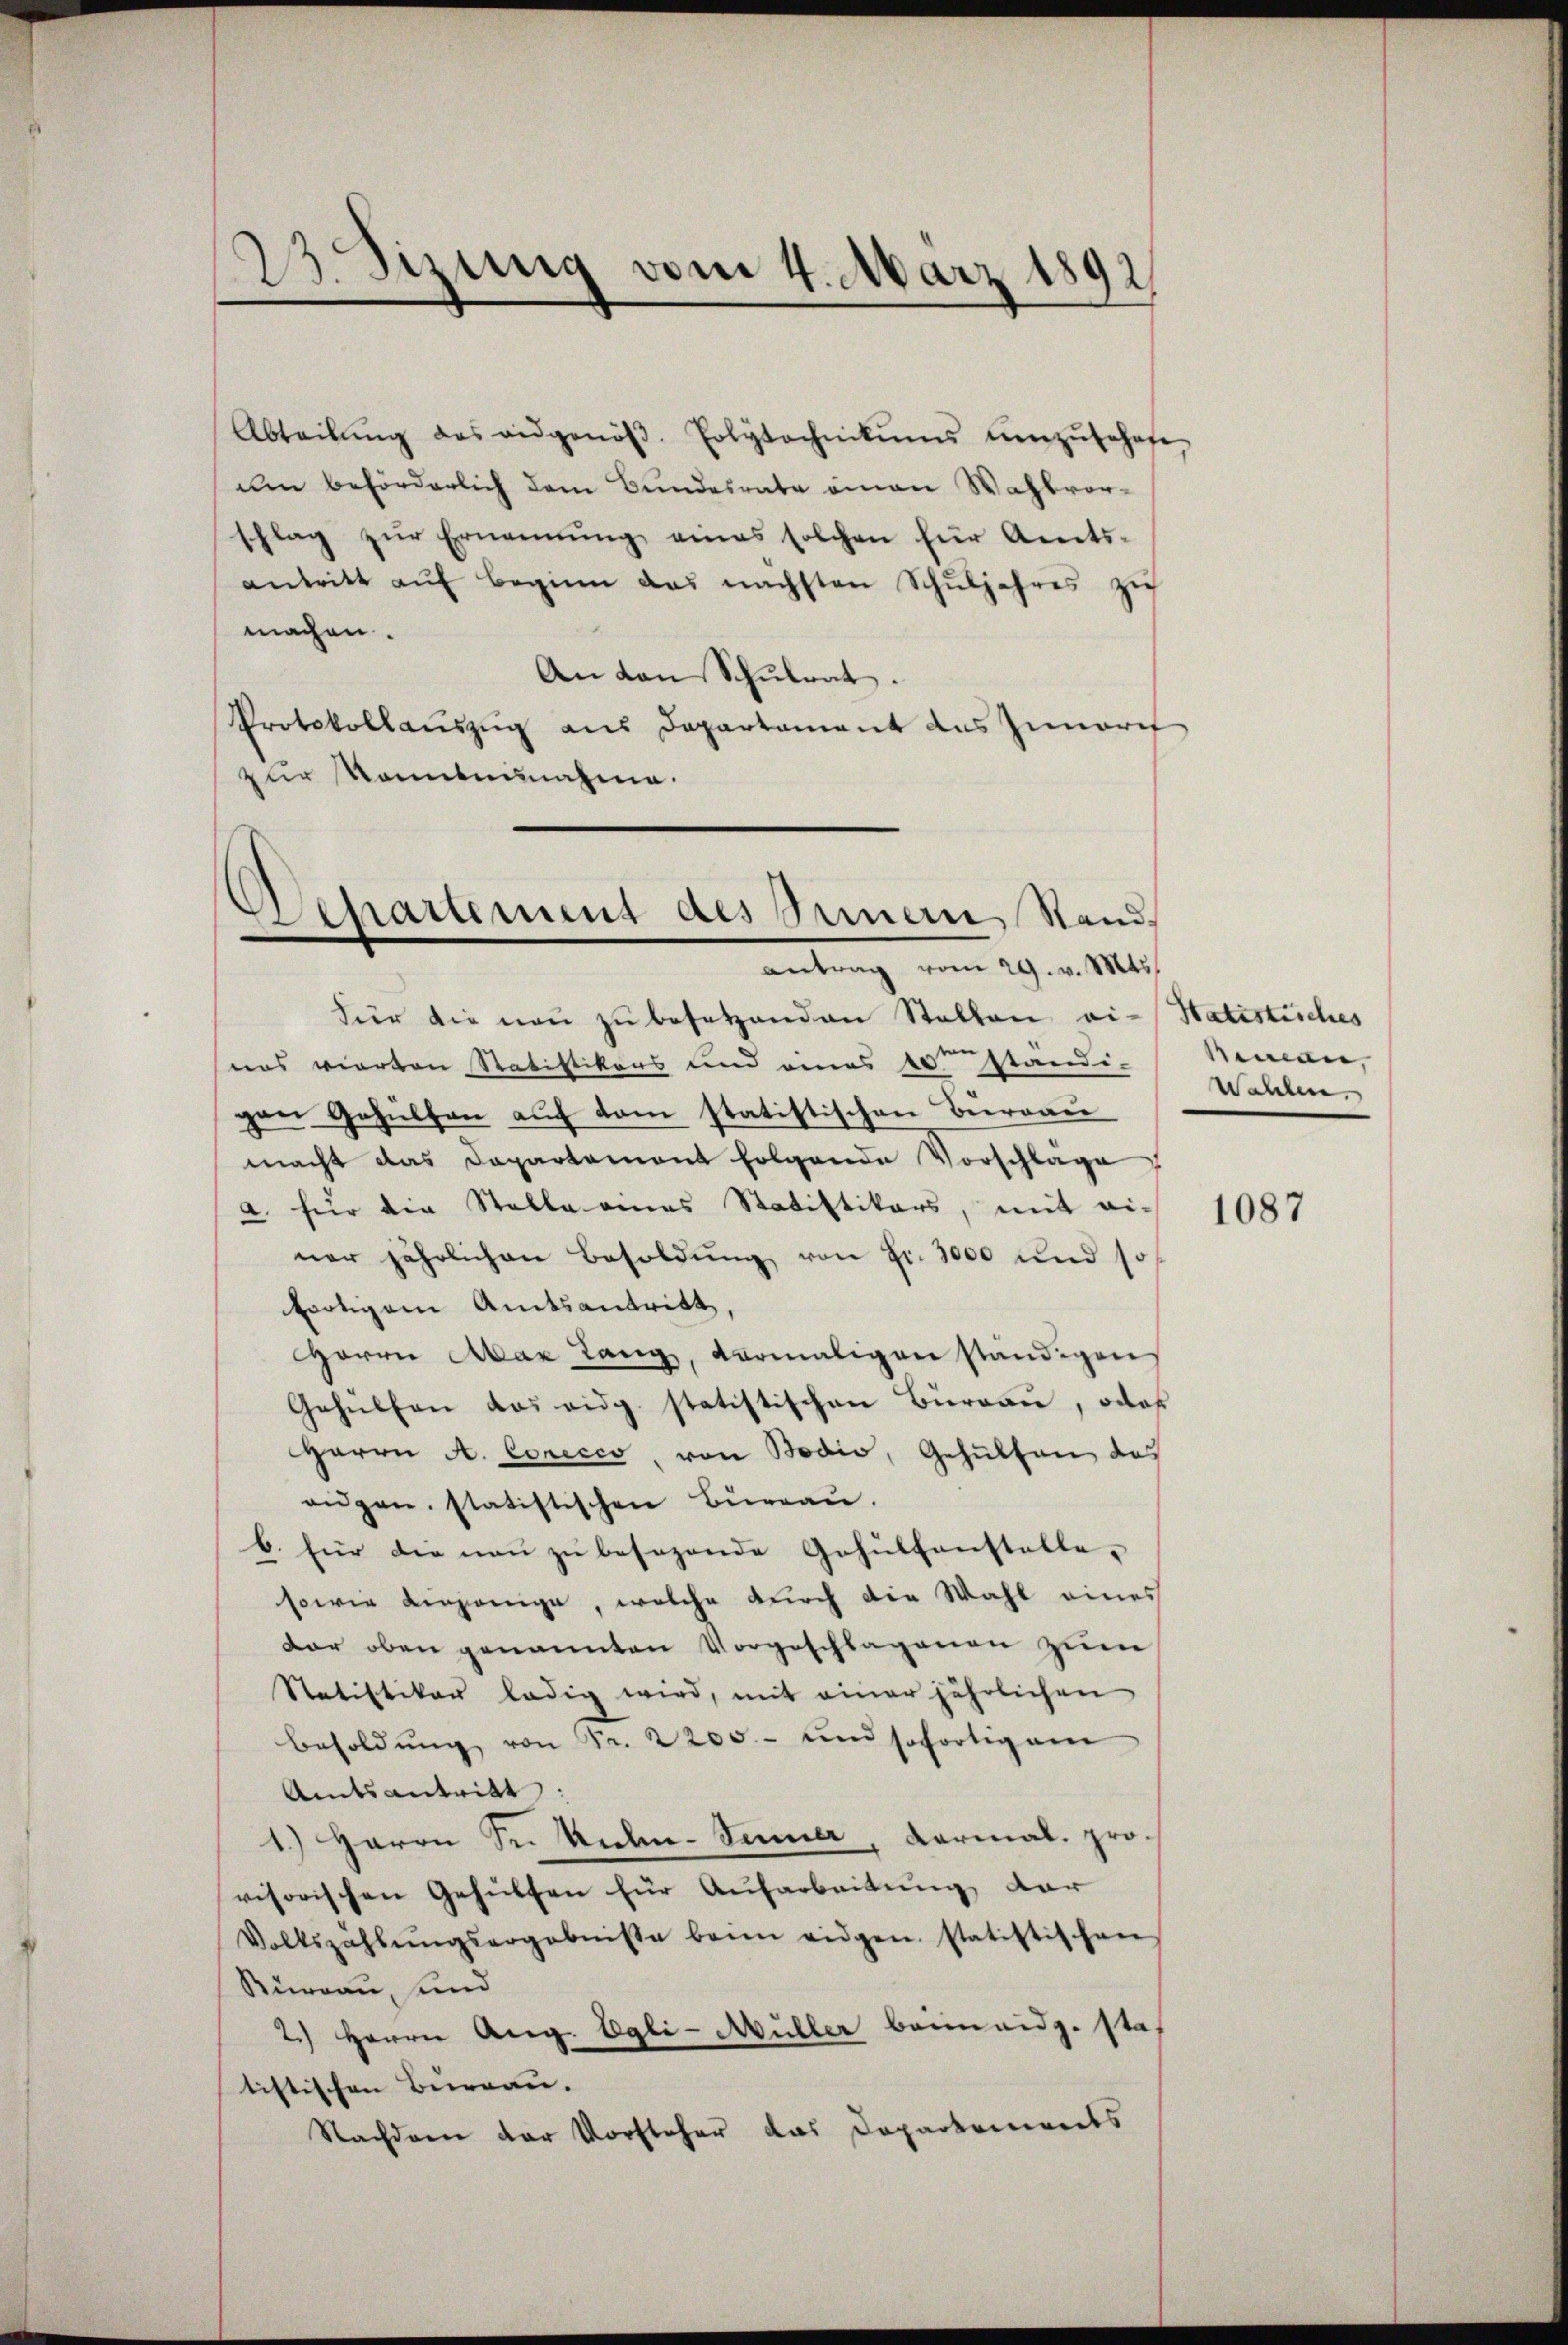
23. Sizung vom 4. März 1891
1

Abteilŭng des eidgenöβ. Polytechnikums ŭmzŭsehene,
um beförderlich dem Bundesrate einen Wahlvorblag zŭr Ernennung eines solchen für Amts-
e
antritt aŭf Beginn das nächsten Schŭljahres zu
machen.
An von Schŭlrat.
Protokollauszug aus Departament des Innerif
zur Sonntennahme.
Departement des Innern Stand,

antrag vom 29. v. Mts.

Für die neu zu besetzenden Stellen vi-Statistisches
uns vierten Statistikers und eines 10 Ständi-
gen Gehülfen auf dem statistischen Burgau
macht das Departament folgende Vorschlage
a. für die Stalle eines Statistikars, mit ei-
ner jährlichen Besoldung von Fr. 1000 und so
fortigem Amtsantritt.
Herrn Mar Lang, vermaligen ständigen
Gehülfen das eidg. statistischen Büreau, oder
Herrn A. Corecco, von Bodio, Gehülfen des
aigen, statistischen Büreaŭ.
b. für die neu zu besezende Gehülfenstelle,
sowie derjenige, welche durch die Wahl eines
dar oben genannten Vorgeschlagenen zum
Statistikar ledig wird, mit einer jährlichen
Besoldŭng von Fr. 2200.- und sofortigem
Amtsantritt:
1.) Herrn Sr. Rechen-Simmer, Karmal. pro-
visorischen Gehülfen für Aufarbeitung der
Volkszählŭngsergebnisse beim eidgen statistischen
Büreau, und
2.) Herrn Aug. Egli-Müller beim eidg. sta
tistischen Bureau. |
Nachden der Vorsteher das Dopartenwerts

Seman
Wahlen.

1087